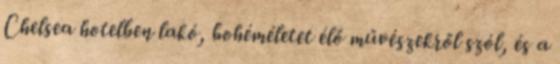
Chelsea hotelben lakó, bohéméletet élő művészekről szól, és a